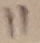
Text: 11